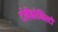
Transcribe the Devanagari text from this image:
टोबैकोनिस्टों